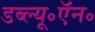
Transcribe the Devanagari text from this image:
डब्ल्यू॰ऍन॰